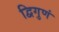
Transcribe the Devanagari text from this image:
द्विगुणं